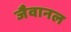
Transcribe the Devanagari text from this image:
जैवानल